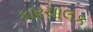
કારચાલક